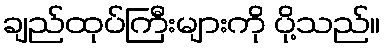
ချည်ထုပ်ကြီးများကို ပို့သည်။